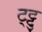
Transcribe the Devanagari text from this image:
ट्ट्टु